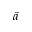
\tilde { a }